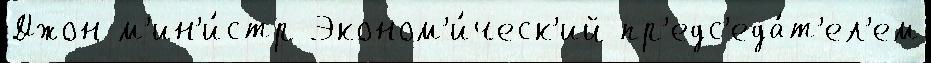
Джон м'ин'и́стр Эконом'и́ческ'ий пр'едс'еда́т'ел'ем